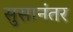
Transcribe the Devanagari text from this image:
सुसानंतर